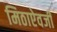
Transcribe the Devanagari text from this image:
मिठाऐवजी